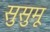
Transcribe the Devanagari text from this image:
सुसुमू